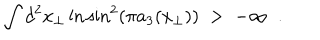
LaTeX: \int d ^ { 2 } x _ { \perp } \ln \sin ^ { 2 } ( \pi a _ { 3 } ( x _ { \perp } ) ) \; > \; - \infty \; \; .